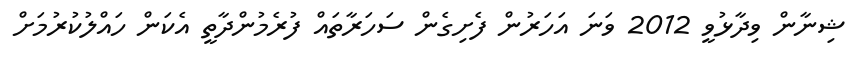
ޝިނާން ވިދާޅުވީ 2012 ވަނަ އަހަރުން ފެށިގެން ސަހަރާތައް ފުރެމުންދާތީ އެކަން ހައްލުކުރުމަށް